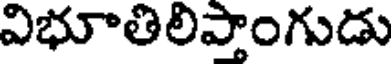
విభూతిలిపాంగుడు